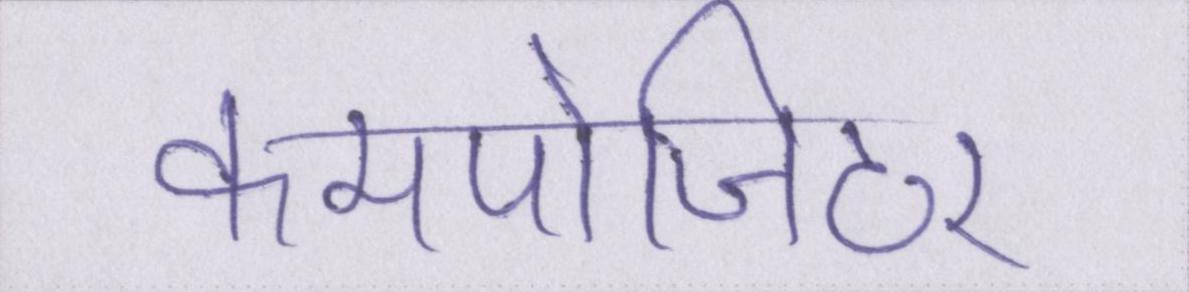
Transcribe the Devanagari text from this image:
कमपोजिटर